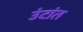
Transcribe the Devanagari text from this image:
उंटांत